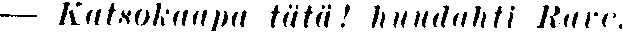
— Katsokaapa tätä! huudahti Rare.